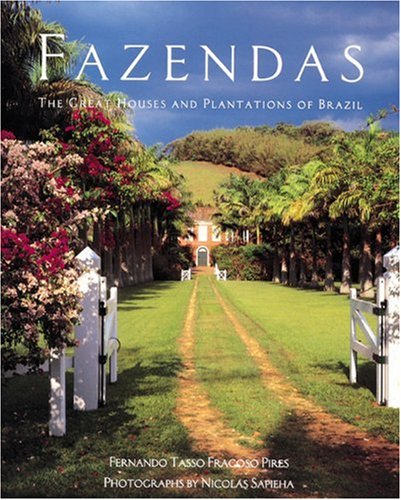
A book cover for Fazendas: The Great Houses and Plantations of Brazil; Fernando Tasso Fragoso Pires; Travel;